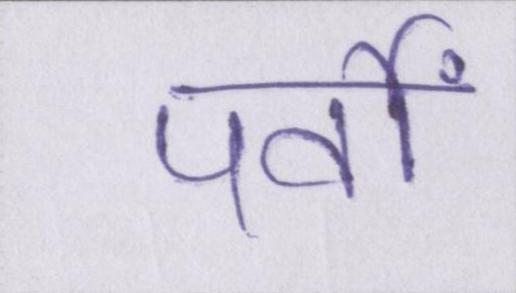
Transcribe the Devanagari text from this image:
पर्वों